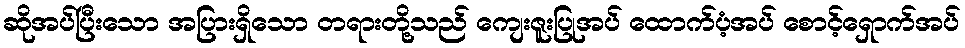
ဆိုအပ်ပြီးသော အပြားရှိသော တရားတို့သည် ကျေးဇူးပြုအပ် ထောက်ပံ့အပ် စောင့်ရှောက်အပ်